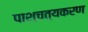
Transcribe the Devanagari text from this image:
पाश्चत्यकरण